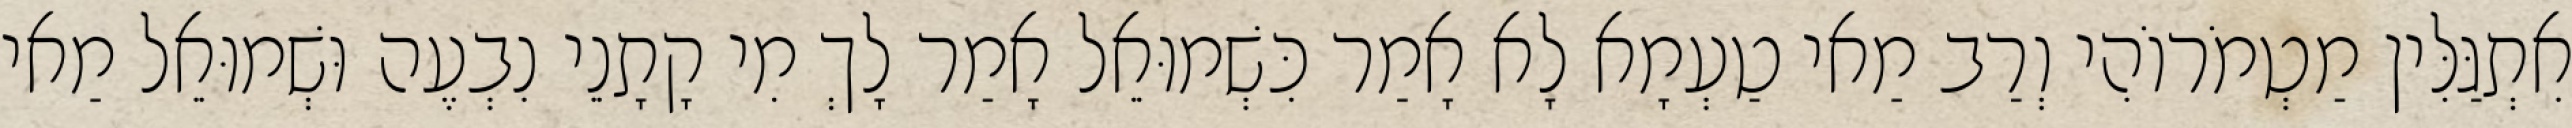
אִתְגַּלִּין מַטְמֹרוֹהִי וְרַב מַאי טַעְמָא לָא אָמַר כִּשְׁמוּאֵל אָמַר לָךְ מִי קָתָנֵי נִבְעֶה וּשְׁמוּאֵל מַאי